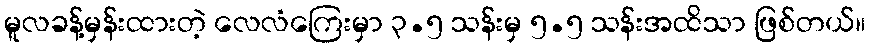
မူလခန့်မှန်းထားတဲ့ လေလံကြေးမှာ ၃.၅ သန်းမှ ၅.၅ သန်းအထိသာ ဖြစ်တယ်။